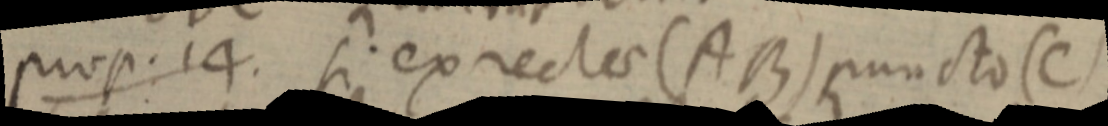
prop: 14. si ex rectae (AB) puncto (C)